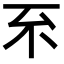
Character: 𠀚